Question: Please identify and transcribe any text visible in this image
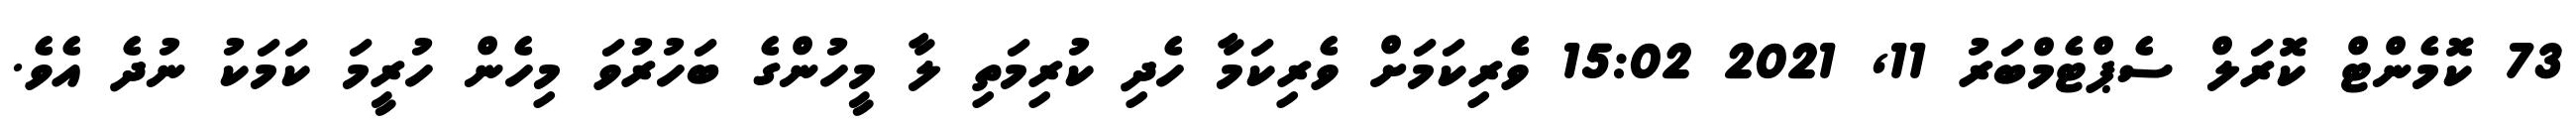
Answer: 73 ކޮމެންޓް ކޮރަލް ސެޕްޓެމްބަރު 11, 2021 15:02 ވެރިކަމަށް ވެރިކަމާ ހެދި ކުރިމަތި ލާ މީހުންގެ ބަހުރުވަ މިހެން ހުރީމަ ކަމަކު ނުދެ އެވެ.